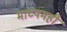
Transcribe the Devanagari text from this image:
माध्यमही